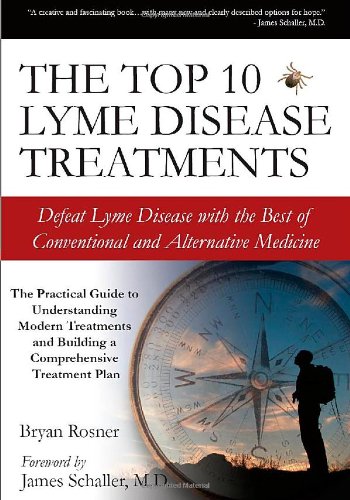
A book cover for The Top 10 Lyme Disease Treatments: Defeat Lyme Disease with the Best of Conventional and Alternative Medicine; Bryan Rosner; Health, Fitness & Dieting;